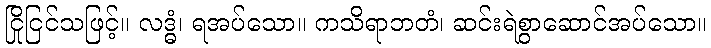
ငြိုငြင်သဖြင့်။ လဒ္ဓံ၊ ရအပ်သော။ ကသိရာဘတံ၊ ဆင်းရဲစွာဆောင်အပ်သော။